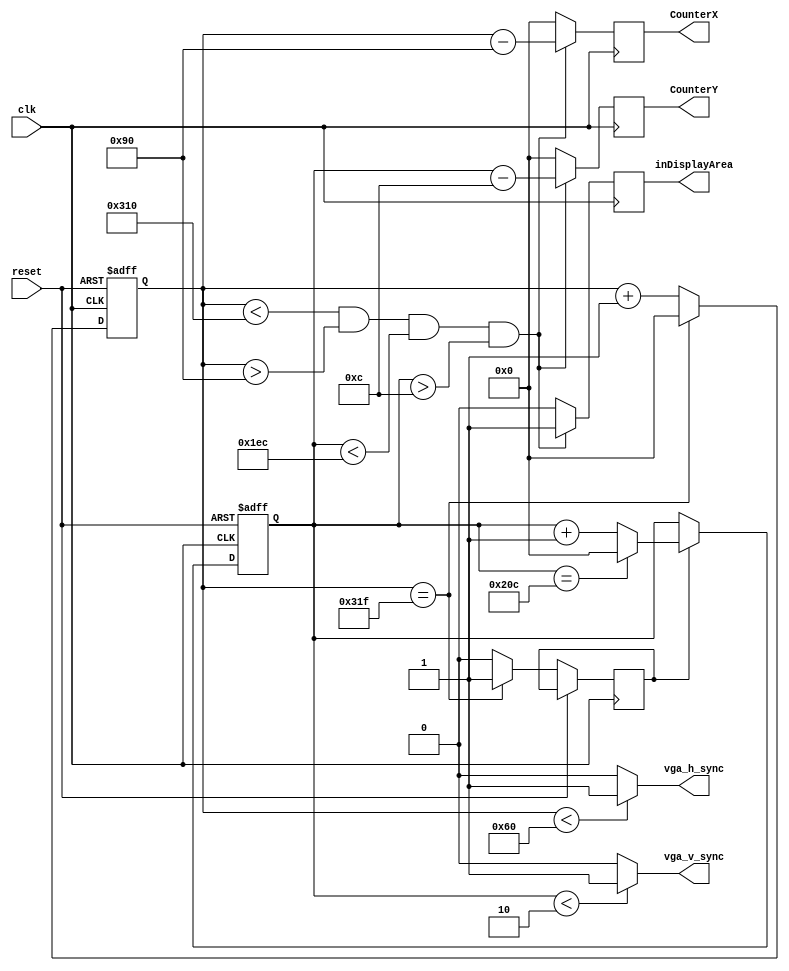
module hvsync_generator(
input wire clk,
input wire reset,
output reg vga_h_sync,
output reg vga_v_sync,
output reg [10:0] CounterX,
output reg [10:0] CounterY,
output reg inDisplayArea
    );


parameter TotalHorizontalPixels = 11'd800;
parameter HorizontalSyncWidth = 11'd96;
parameter VerticalSyncWidth = 11'd2;

parameter TotalVerticalLines = 11'd525;
parameter HorizontalBackPorchTime = 11'd144 ;
parameter HorizontalFrontPorchTime = 11'd784 ;
parameter VerticalBackPorchTime = 11'd12 ;
parameter VerticalFrontPorchTime = 11'd492;

reg VerticalSyncEnable;

reg [10:0] HorizontalCounter;
reg [10:0] VerticalCounter;

//Counter for the horizontal sync signal
always @(posedge clk or posedge reset)
begin
	if(reset == 1)
		HorizontalCounter <= 0;
	else
		begin
			if(HorizontalCounter == TotalHorizontalPixels - 1)
				begin //the counter has hreached the end of a horizontal line
					HorizontalCounter<=0;
					VerticalSyncEnable <= 1;
				end
			else
				begin 
					HorizontalCounter<=HorizontalCounter+1; 
					VerticalSyncEnable <=0;
				end
		end
end

//Generate the vga_h_sync pulse
//Horizontal Sync is low when HorizontalCounter is 0-127

always @(*)
begin
	if((HorizontalCounter<HorizontalSyncWidth))
		vga_h_sync = 1;
	else
		vga_h_sync = 0;
end

//Counter for the vertical sync

always @(posedge clk or posedge reset)
begin
	if(reset == 1)
		VerticalCounter<=0;
	else
	begin
		if(VerticalSyncEnable == 1)
			begin
				if(VerticalCounter==TotalVerticalLines-1)
					VerticalCounter<=0;
				else
					VerticalCounter<=VerticalCounter+1;
			end
	end
end

//generate the vga_v_sync pulse
always @(*)
begin
	if(VerticalCounter < VerticalSyncWidth)
		vga_v_sync = 1;
	else
		vga_v_sync = 0;
end

always @(posedge clk)
begin
	if((HorizontalCounter<HorizontalFrontPorchTime) && (HorizontalCounter>HorizontalBackPorchTime) && (VerticalCounter<VerticalFrontPorchTime) && (VerticalCounter>VerticalBackPorchTime))
		begin
			inDisplayArea <= 1;
			CounterX<= HorizontalCounter - HorizontalBackPorchTime;
			CounterY<= VerticalCounter - VerticalBackPorchTime;
		end
	else
		begin
			inDisplayArea <= 0;
			CounterX<=0;
			CounterY<=0;
		end
end

endmodule